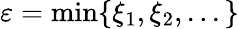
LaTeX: \varepsilon=\operatorname*{min}\{ \xi_{1},\xi_{2},...\}